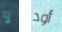
لآ أود